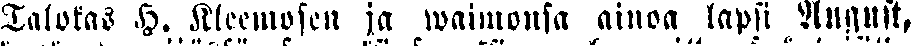
Talokas H. Kleemosen ja waimonsa ainoa lapsi August,